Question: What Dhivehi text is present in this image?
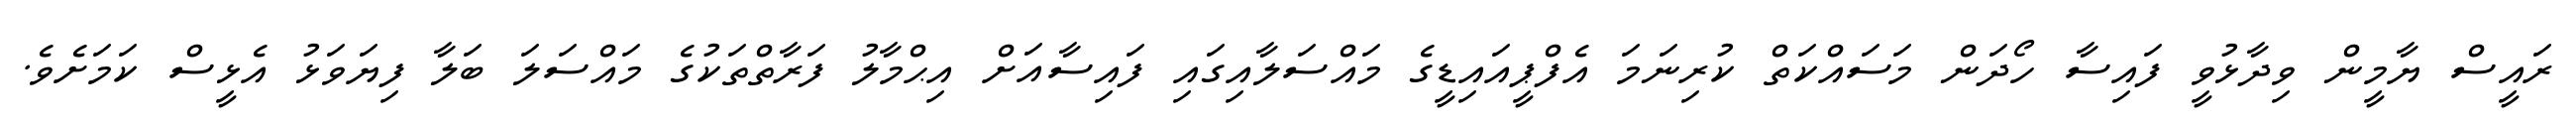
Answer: ރައީސް ޔާމީން ވިދާޅުވީ ފައިސާ ހޯދަން މަސައްކަތް ކުރިނަމަ އެފްޕީއައިޑީގެ މައްސަލާއިގައި ފައިސާއަށް އިޙްމާލު ފަރާތްތަކުގެ މައްސަލަ ބަލާ ފިޔަވަޅު އެޅީސް ކަމަށެވެ.